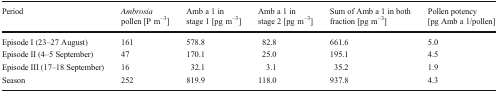
<table><thead><tr><td><b>Period</b></td><td><b><i>Ambrosia</i> pollen [P m<sup>−3</sup>]</b></td><td><b>Amb a 1 in stage 1 [pg m<sup>−3</sup>]</b></td><td><b>Amb a 1 in stage 2 [pg m<sup>−3</sup>]</b></td><td><b>Sum of Amb a 1 in both fraction [pg m<sup>−3</sup>]</b></td><td><b>Pollen potency [pg Amb a 1/pollen]</b></td></tr></thead><tbody><tr><td>Episode I (23–27 August)</td><td>161</td><td>578.8</td><td>82.8</td><td>661.6</td><td>5.0</td></tr><tr><td>Episode II (4–5 September)</td><td>47</td><td>170.1</td><td>25.0</td><td>195.1</td><td>4.5</td></tr><tr><td>Episode III (17–18 September)</td><td>16</td><td>32.1</td><td>3.1</td><td>35.2</td><td>1.9</td></tr><tr><td>Season</td><td>252</td><td>819.9</td><td>118.0</td><td>937.8</td><td>4.3</td></tr></tbody></table>